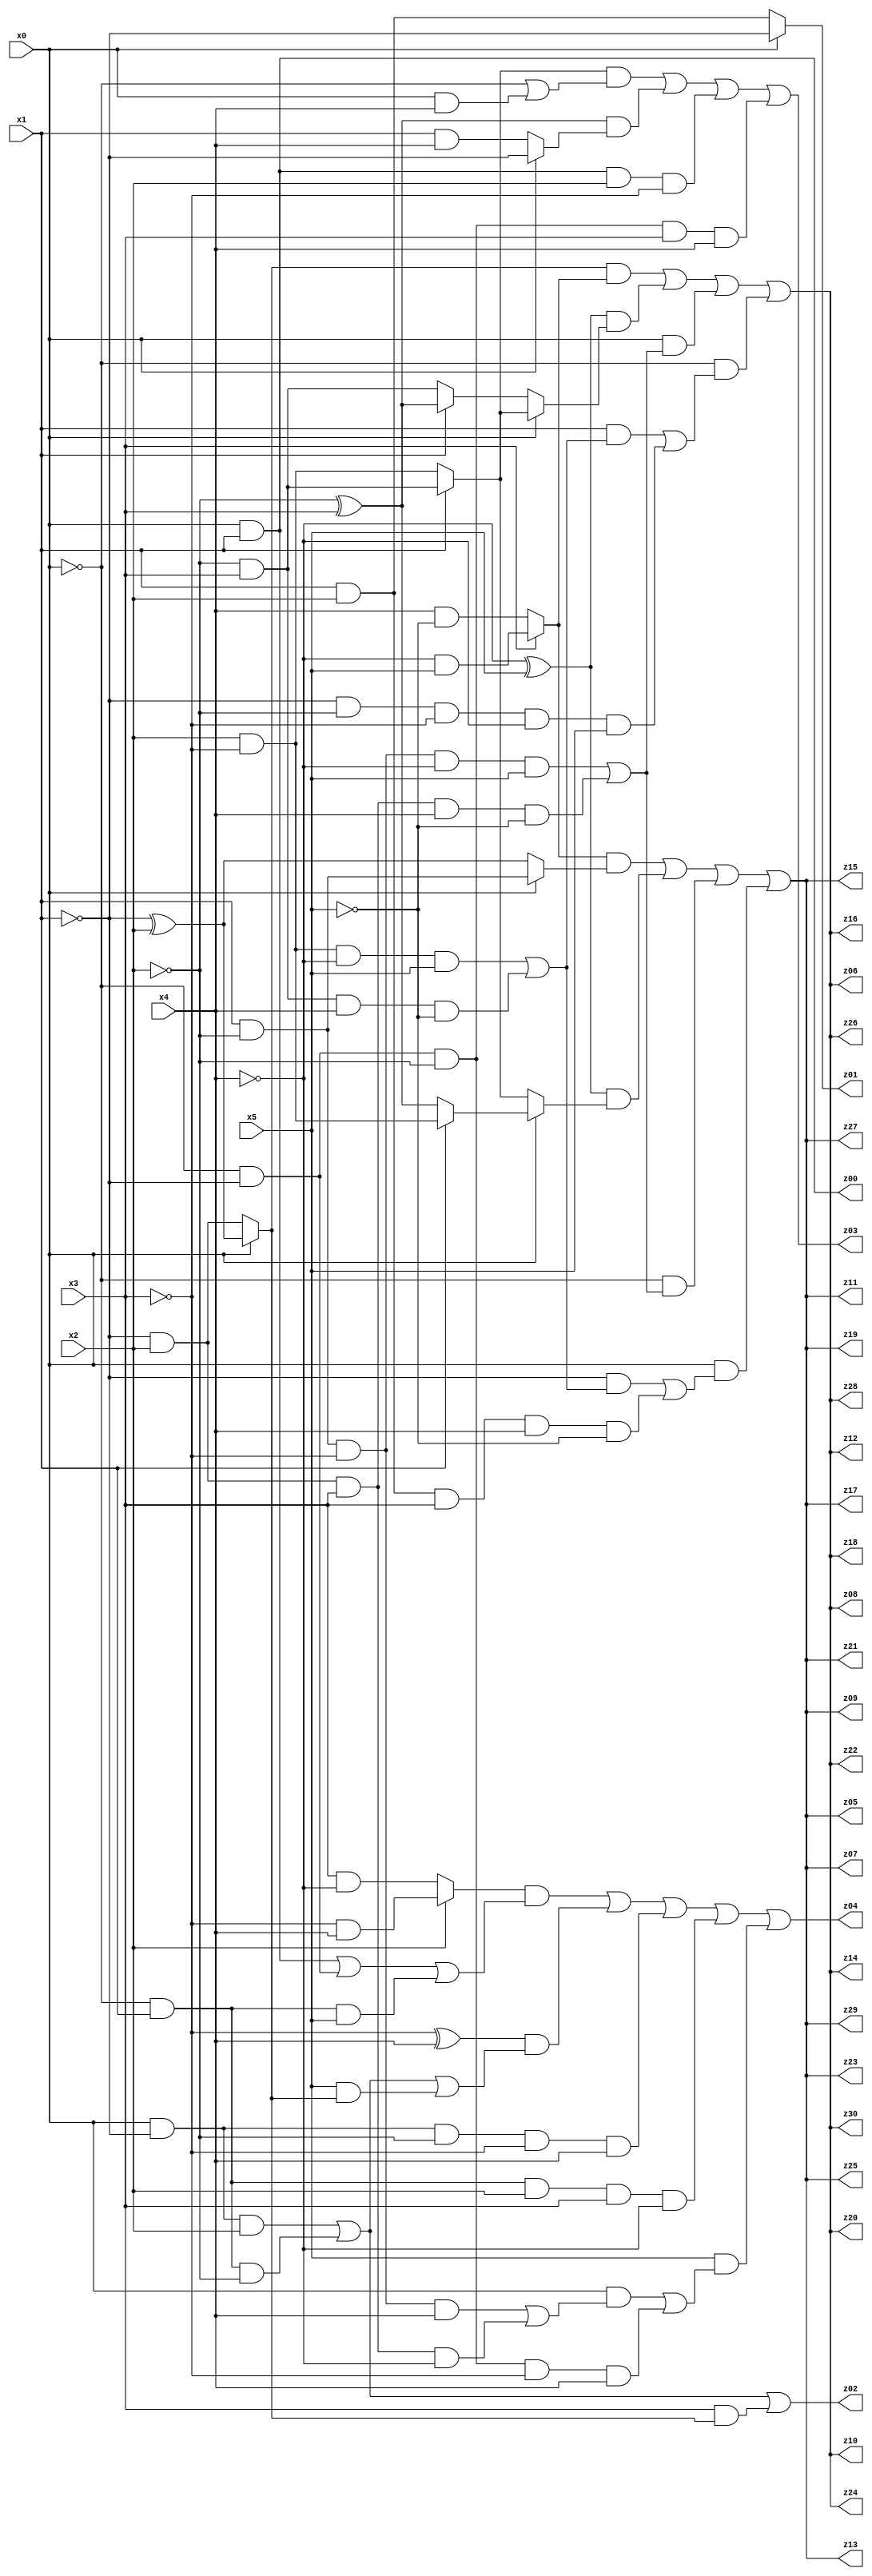
// Benchmark "q_5" written by ABC on Thu Jul 06 14:14:47 2023

module q_5 ( 
    x0, x1, x2, x3, x4, x5,
    z00, z01, z02, z03, z04, z05, z06, z07, z08, z09, z10, z11, z12, z13,
    z14, z15, z16, z17, z18, z19, z20, z21, z22, z23, z24, z25, z26, z27,
    z28, z29, z30  );
  input  x0, x1, x2, x3, x4, x5;
  output z00, z01, z02, z03, z04, z05, z06, z07, z08, z09, z10, z11, z12, z13,
    z14, z15, z16, z17, z18, z19, z20, z21, z22, z23, z24, z25, z26, z27,
    z28, z29, z30;
  assign z00 = x0 & x1;
  assign z01 = x0 ? ~x1 : (x1 & x2);
  assign z02 = (x0 & ~x1 & x2) | (~x0 & x1 & ~x2) | (x3 & (x0 ? (~x1 ^ x2) : (~x1 & x2)));
  assign z03 = ((x1 ? (~x2 & x3) : (x2 & ~x3)) & (~x0 | (x0 & x4))) | ((~x2 ^ x3) & (x0 ? ~x1 : (x1 & x4))) | (x0 & x1 & x2 & ~x3) | (~x0 & ~x1 & ~x2 & x3 & x4);
  assign z04 = ((x2 ? (~x3 & x4) : (x3 & ~x4)) & ((x0 & x1) | (~x0 & ~x1) | (~x0 & x1 & x5))) | ((~x3 ^ x4) & ((x0 & ~x1 & x2) | (~x0 & x1 & ~x2) | (x5 & (x0 ? (~x1 ^ x2) : (~x1 & x2))))) | (x0 & ~x1 & ~x2 & ~x3 & x4) | (~x0 & x1 & x2 & x3 & ~x4) | (x5 & ((x0 & ((x1 & ~x2 & ~x3 & x4) | (~x1 & x2 & x3 & ~x4))) | (~x0 & ~x1 & ~x2 & ~x3 & x4)));
  assign z05 = ((x3 ? (~x4 & x5) : (x4 & ~x5)) & (x0 ? (x1 & ~x2) : (~x1 ^ x2))) | ((~x4 ^ x5) & (x0 ? (x1 ? (x2 & ~x3) : (~x2 ^ x3)) : (x1 ? (~x2 & x3) : (x2 & ~x3)))) | (~x0 & ((x1 & ~x2 & ~x3 & ~x4 & x5) | (~x1 & x2 & x3 & x4 & ~x5))) | (x0 & ((~x1 & ((x2 & ~x3 & ~x4 & x5) | (~x2 & x3 & x4 & ~x5))) | (x1 & x2 & x3 & x4 & ~x5)));
  assign z06 = ((x0 ? (~x1 ^ x2) : (~x1 & x2)) & (x3 ? (~x4 & x5) : (x4 & ~x5))) | ((~x4 ^ x5) & (x0 ? (x1 ? (~x2 & x3) : (x2 & ~x3)) : (x1 ? (~x2 ^ x3) : (~x2 & x3)))) | (x0 & ((x1 & ~x2 & ~x3 & ~x4 & x5) | (~x1 & x2 & x3 & x4 & ~x5))) | (~x0 & ((x1 & ((x2 & ~x3 & ~x4 & x5) | (~x2 & x3 & x4 & ~x5))) | (~x1 & ~x2 & ~x3 & ~x4 & x5)));
  assign z07 = ((x3 ? (~x4 & x5) : (x4 & ~x5)) & (x0 ? (x1 & ~x2) : (~x1 ^ x2))) | ((~x4 ^ x5) & (x0 ? (x1 ? (x2 & ~x3) : (~x2 ^ x3)) : (x1 ? (~x2 & x3) : (x2 & ~x3)))) | (~x0 & ((x1 & ~x2 & ~x3 & ~x4 & x5) | (~x1 & x2 & x3 & x4 & ~x5))) | (x0 & ((~x1 & ((x2 & ~x3 & ~x4 & x5) | (~x2 & x3 & x4 & ~x5))) | (x1 & x2 & x3 & x4 & ~x5)));
  assign z08 = ((x0 ? (~x1 ^ x2) : (~x1 & x2)) & (x3 ? (~x4 & x5) : (x4 & ~x5))) | ((~x4 ^ x5) & (x0 ? (x1 ? (~x2 & x3) : (x2 & ~x3)) : (x1 ? (~x2 ^ x3) : (~x2 & x3)))) | (x0 & ((x1 & ~x2 & ~x3 & ~x4 & x5) | (~x1 & x2 & x3 & x4 & ~x5))) | (~x0 & ((x1 & ((x2 & ~x3 & ~x4 & x5) | (~x2 & x3 & x4 & ~x5))) | (~x1 & ~x2 & ~x3 & ~x4 & x5)));
  assign z09 = ((x3 ? (~x4 & x5) : (x4 & ~x5)) & (x0 ? (x1 & ~x2) : (~x1 ^ x2))) | ((~x4 ^ x5) & (x0 ? (x1 ? (x2 & ~x3) : (~x2 ^ x3)) : (x1 ? (~x2 & x3) : (x2 & ~x3)))) | (~x0 & ((x1 & ~x2 & ~x3 & ~x4 & x5) | (~x1 & x2 & x3 & x4 & ~x5))) | (x0 & ((~x1 & ((x2 & ~x3 & ~x4 & x5) | (~x2 & x3 & x4 & ~x5))) | (x1 & x2 & x3 & x4 & ~x5)));
  assign z10 = ((x0 ? (~x1 ^ x2) : (~x1 & x2)) & (x3 ? (~x4 & x5) : (x4 & ~x5))) | ((~x4 ^ x5) & (x0 ? (x1 ? (~x2 & x3) : (x2 & ~x3)) : (x1 ? (~x2 ^ x3) : (~x2 & x3)))) | (x0 & ((x1 & ~x2 & ~x3 & ~x4 & x5) | (~x1 & x2 & x3 & x4 & ~x5))) | (~x0 & ((x1 & ((x2 & ~x3 & ~x4 & x5) | (~x2 & x3 & x4 & ~x5))) | (~x1 & ~x2 & ~x3 & ~x4 & x5)));
  assign z11 = ((x3 ? (~x4 & x5) : (x4 & ~x5)) & (x0 ? (x1 & ~x2) : (~x1 ^ x2))) | ((~x4 ^ x5) & (x0 ? (x1 ? (x2 & ~x3) : (~x2 ^ x3)) : (x1 ? (~x2 & x3) : (x2 & ~x3)))) | (~x0 & ((x1 & ~x2 & ~x3 & ~x4 & x5) | (~x1 & x2 & x3 & x4 & ~x5))) | (x0 & ((~x1 & ((x2 & ~x3 & ~x4 & x5) | (~x2 & x3 & x4 & ~x5))) | (x1 & x2 & x3 & x4 & ~x5)));
  assign z12 = ((x0 ? (~x1 ^ x2) : (~x1 & x2)) & (x3 ? (~x4 & x5) : (x4 & ~x5))) | ((~x4 ^ x5) & (x0 ? (x1 ? (~x2 & x3) : (x2 & ~x3)) : (x1 ? (~x2 ^ x3) : (~x2 & x3)))) | (x0 & ((x1 & ~x2 & ~x3 & ~x4 & x5) | (~x1 & x2 & x3 & x4 & ~x5))) | (~x0 & ((x1 & ((x2 & ~x3 & ~x4 & x5) | (~x2 & x3 & x4 & ~x5))) | (~x1 & ~x2 & ~x3 & ~x4 & x5)));
  assign z13 = ((x3 ? (~x4 & x5) : (x4 & ~x5)) & (x0 ? (x1 & ~x2) : (~x1 ^ x2))) | ((~x4 ^ x5) & (x0 ? (x1 ? (x2 & ~x3) : (~x2 ^ x3)) : (x1 ? (~x2 & x3) : (x2 & ~x3)))) | (~x0 & ((x1 & ~x2 & ~x3 & ~x4 & x5) | (~x1 & x2 & x3 & x4 & ~x5))) | (x0 & ((~x1 & ((x2 & ~x3 & ~x4 & x5) | (~x2 & x3 & x4 & ~x5))) | (x1 & x2 & x3 & x4 & ~x5)));
  assign z14 = ((x0 ? (~x1 ^ x2) : (~x1 & x2)) & (x3 ? (~x4 & x5) : (x4 & ~x5))) | ((~x4 ^ x5) & (x0 ? (x1 ? (~x2 & x3) : (x2 & ~x3)) : (x1 ? (~x2 ^ x3) : (~x2 & x3)))) | (x0 & ((x1 & ~x2 & ~x3 & ~x4 & x5) | (~x1 & x2 & x3 & x4 & ~x5))) | (~x0 & ((x1 & ((x2 & ~x3 & ~x4 & x5) | (~x2 & x3 & x4 & ~x5))) | (~x1 & ~x2 & ~x3 & ~x4 & x5)));
  assign z15 = ((x3 ? (~x4 & x5) : (x4 & ~x5)) & (x0 ? (x1 & ~x2) : (~x1 ^ x2))) | ((~x4 ^ x5) & (x0 ? (x1 ? (x2 & ~x3) : (~x2 ^ x3)) : (x1 ? (~x2 & x3) : (x2 & ~x3)))) | (~x0 & ((x1 & ~x2 & ~x3 & ~x4 & x5) | (~x1 & x2 & x3 & x4 & ~x5))) | (x0 & ((~x1 & ((x2 & ~x3 & ~x4 & x5) | (~x2 & x3 & x4 & ~x5))) | (x1 & x2 & x3 & x4 & ~x5)));
  assign z16 = ((x0 ? (~x1 ^ x2) : (~x1 & x2)) & (x3 ? (~x4 & x5) : (x4 & ~x5))) | ((~x4 ^ x5) & (x0 ? (x1 ? (~x2 & x3) : (x2 & ~x3)) : (x1 ? (~x2 ^ x3) : (~x2 & x3)))) | (x0 & ((x1 & ~x2 & ~x3 & ~x4 & x5) | (~x1 & x2 & x3 & x4 & ~x5))) | (~x0 & ((x1 & ((x2 & ~x3 & ~x4 & x5) | (~x2 & x3 & x4 & ~x5))) | (~x1 & ~x2 & ~x3 & ~x4 & x5)));
  assign z17 = ((x3 ? (~x4 & x5) : (x4 & ~x5)) & (x0 ? (x1 & ~x2) : (~x1 ^ x2))) | ((~x4 ^ x5) & (x0 ? (x1 ? (x2 & ~x3) : (~x2 ^ x3)) : (x1 ? (~x2 & x3) : (x2 & ~x3)))) | (~x0 & ((x1 & ~x2 & ~x3 & ~x4 & x5) | (~x1 & x2 & x3 & x4 & ~x5))) | (x0 & ((~x1 & ((x2 & ~x3 & ~x4 & x5) | (~x2 & x3 & x4 & ~x5))) | (x1 & x2 & x3 & x4 & ~x5)));
  assign z18 = ((x0 ? (~x1 ^ x2) : (~x1 & x2)) & (x3 ? (~x4 & x5) : (x4 & ~x5))) | ((~x4 ^ x5) & (x0 ? (x1 ? (~x2 & x3) : (x2 & ~x3)) : (x1 ? (~x2 ^ x3) : (~x2 & x3)))) | (x0 & ((x1 & ~x2 & ~x3 & ~x4 & x5) | (~x1 & x2 & x3 & x4 & ~x5))) | (~x0 & ((x1 & ((x2 & ~x3 & ~x4 & x5) | (~x2 & x3 & x4 & ~x5))) | (~x1 & ~x2 & ~x3 & ~x4 & x5)));
  assign z19 = ((x3 ? (~x4 & x5) : (x4 & ~x5)) & (x0 ? (x1 & ~x2) : (~x1 ^ x2))) | ((~x4 ^ x5) & (x0 ? (x1 ? (x2 & ~x3) : (~x2 ^ x3)) : (x1 ? (~x2 & x3) : (x2 & ~x3)))) | (~x0 & ((x1 & ~x2 & ~x3 & ~x4 & x5) | (~x1 & x2 & x3 & x4 & ~x5))) | (x0 & ((~x1 & ((x2 & ~x3 & ~x4 & x5) | (~x2 & x3 & x4 & ~x5))) | (x1 & x2 & x3 & x4 & ~x5)));
  assign z20 = ((x0 ? (~x1 ^ x2) : (~x1 & x2)) & (x3 ? (~x4 & x5) : (x4 & ~x5))) | ((~x4 ^ x5) & (x0 ? (x1 ? (~x2 & x3) : (x2 & ~x3)) : (x1 ? (~x2 ^ x3) : (~x2 & x3)))) | (x0 & ((x1 & ~x2 & ~x3 & ~x4 & x5) | (~x1 & x2 & x3 & x4 & ~x5))) | (~x0 & ((x1 & ((x2 & ~x3 & ~x4 & x5) | (~x2 & x3 & x4 & ~x5))) | (~x1 & ~x2 & ~x3 & ~x4 & x5)));
  assign z21 = ((x3 ? (~x4 & x5) : (x4 & ~x5)) & (x0 ? (x1 & ~x2) : (~x1 ^ x2))) | ((~x4 ^ x5) & (x0 ? (x1 ? (x2 & ~x3) : (~x2 ^ x3)) : (x1 ? (~x2 & x3) : (x2 & ~x3)))) | (~x0 & ((x1 & ~x2 & ~x3 & ~x4 & x5) | (~x1 & x2 & x3 & x4 & ~x5))) | (x0 & ((~x1 & ((x2 & ~x3 & ~x4 & x5) | (~x2 & x3 & x4 & ~x5))) | (x1 & x2 & x3 & x4 & ~x5)));
  assign z22 = ((x0 ? (~x1 ^ x2) : (~x1 & x2)) & (x3 ? (~x4 & x5) : (x4 & ~x5))) | ((~x4 ^ x5) & (x0 ? (x1 ? (~x2 & x3) : (x2 & ~x3)) : (x1 ? (~x2 ^ x3) : (~x2 & x3)))) | (x0 & ((x1 & ~x2 & ~x3 & ~x4 & x5) | (~x1 & x2 & x3 & x4 & ~x5))) | (~x0 & ((x1 & ((x2 & ~x3 & ~x4 & x5) | (~x2 & x3 & x4 & ~x5))) | (~x1 & ~x2 & ~x3 & ~x4 & x5)));
  assign z23 = ((x3 ? (~x4 & x5) : (x4 & ~x5)) & (x0 ? (x1 & ~x2) : (~x1 ^ x2))) | ((~x4 ^ x5) & (x0 ? (x1 ? (x2 & ~x3) : (~x2 ^ x3)) : (x1 ? (~x2 & x3) : (x2 & ~x3)))) | (~x0 & ((x1 & ~x2 & ~x3 & ~x4 & x5) | (~x1 & x2 & x3 & x4 & ~x5))) | (x0 & ((~x1 & ((x2 & ~x3 & ~x4 & x5) | (~x2 & x3 & x4 & ~x5))) | (x1 & x2 & x3 & x4 & ~x5)));
  assign z24 = ((x0 ? (~x1 ^ x2) : (~x1 & x2)) & (x3 ? (~x4 & x5) : (x4 & ~x5))) | ((~x4 ^ x5) & (x0 ? (x1 ? (~x2 & x3) : (x2 & ~x3)) : (x1 ? (~x2 ^ x3) : (~x2 & x3)))) | (x0 & ((x1 & ~x2 & ~x3 & ~x4 & x5) | (~x1 & x2 & x3 & x4 & ~x5))) | (~x0 & ((x1 & ((x2 & ~x3 & ~x4 & x5) | (~x2 & x3 & x4 & ~x5))) | (~x1 & ~x2 & ~x3 & ~x4 & x5)));
  assign z25 = ((x3 ? (~x4 & x5) : (x4 & ~x5)) & (x0 ? (x1 & ~x2) : (~x1 ^ x2))) | ((~x4 ^ x5) & (x0 ? (x1 ? (x2 & ~x3) : (~x2 ^ x3)) : (x1 ? (~x2 & x3) : (x2 & ~x3)))) | (~x0 & ((x1 & ~x2 & ~x3 & ~x4 & x5) | (~x1 & x2 & x3 & x4 & ~x5))) | (x0 & ((~x1 & ((x2 & ~x3 & ~x4 & x5) | (~x2 & x3 & x4 & ~x5))) | (x1 & x2 & x3 & x4 & ~x5)));
  assign z26 = ((x0 ? (~x1 ^ x2) : (~x1 & x2)) & (x3 ? (~x4 & x5) : (x4 & ~x5))) | ((~x4 ^ x5) & (x0 ? (x1 ? (~x2 & x3) : (x2 & ~x3)) : (x1 ? (~x2 ^ x3) : (~x2 & x3)))) | (x0 & ((x1 & ~x2 & ~x3 & ~x4 & x5) | (~x1 & x2 & x3 & x4 & ~x5))) | (~x0 & ((x1 & ((x2 & ~x3 & ~x4 & x5) | (~x2 & x3 & x4 & ~x5))) | (~x1 & ~x2 & ~x3 & ~x4 & x5)));
  assign z27 = ((x3 ? (~x4 & x5) : (x4 & ~x5)) & (x0 ? (x1 & ~x2) : (~x1 ^ x2))) | ((~x4 ^ x5) & (x0 ? (x1 ? (x2 & ~x3) : (~x2 ^ x3)) : (x1 ? (~x2 & x3) : (x2 & ~x3)))) | (~x0 & ((x1 & ~x2 & ~x3 & ~x4 & x5) | (~x1 & x2 & x3 & x4 & ~x5))) | (x0 & ((~x1 & ((x2 & ~x3 & ~x4 & x5) | (~x2 & x3 & x4 & ~x5))) | (x1 & x2 & x3 & x4 & ~x5)));
  assign z28 = ((x0 ? (~x1 ^ x2) : (~x1 & x2)) & (x3 ? (~x4 & x5) : (x4 & ~x5))) | ((~x4 ^ x5) & (x0 ? (x1 ? (~x2 & x3) : (x2 & ~x3)) : (x1 ? (~x2 ^ x3) : (~x2 & x3)))) | (x0 & ((x1 & ~x2 & ~x3 & ~x4 & x5) | (~x1 & x2 & x3 & x4 & ~x5))) | (~x0 & ((x1 & ((x2 & ~x3 & ~x4 & x5) | (~x2 & x3 & x4 & ~x5))) | (~x1 & ~x2 & ~x3 & ~x4 & x5)));
  assign z29 = ((x3 ? (~x4 & x5) : (x4 & ~x5)) & (x0 ? (x1 & ~x2) : (~x1 ^ x2))) | ((~x4 ^ x5) & (x0 ? (x1 ? (x2 & ~x3) : (~x2 ^ x3)) : (x1 ? (~x2 & x3) : (x2 & ~x3)))) | (~x0 & ((x1 & ~x2 & ~x3 & ~x4 & x5) | (~x1 & x2 & x3 & x4 & ~x5))) | (x0 & ((~x1 & ((x2 & ~x3 & ~x4 & x5) | (~x2 & x3 & x4 & ~x5))) | (x1 & x2 & x3 & x4 & ~x5)));
  assign z30 = ((x0 ? (~x1 ^ x2) : (~x1 & x2)) & (x3 ? (~x4 & x5) : (x4 & ~x5))) | ((~x4 ^ x5) & (x0 ? (x1 ? (~x2 & x3) : (x2 & ~x3)) : (x1 ? (~x2 ^ x3) : (~x2 & x3)))) | (x0 & ((x1 & ~x2 & ~x3 & ~x4 & x5) | (~x1 & x2 & x3 & x4 & ~x5))) | (~x0 & ((x1 & ((x2 & ~x3 & ~x4 & x5) | (~x2 & x3 & x4 & ~x5))) | (~x1 & ~x2 & ~x3 & ~x4 & x5)));
endmodule